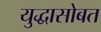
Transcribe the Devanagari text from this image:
युद्धासोबत